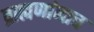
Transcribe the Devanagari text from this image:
ब्राह्मणांनाच